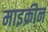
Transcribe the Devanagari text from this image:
माइक्रीन